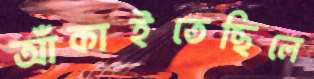
আঁকাইতেছিলে